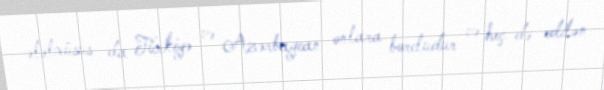
ələlxüsus da Türkiyə və Azərbaycan onlara borcludur və heç də edilən